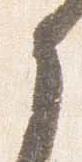
之